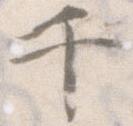
千